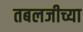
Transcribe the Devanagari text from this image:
तबलजीच्या